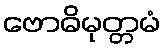
ဗောဓိမုတ္တမံ